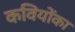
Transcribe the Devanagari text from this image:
कवियोंका